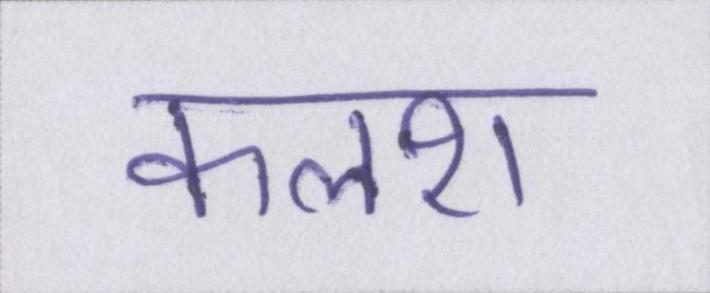
कलश